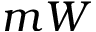
m W